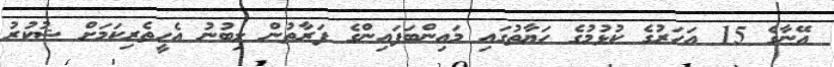
އޭނާގެ 15 އަހަރުގެ ކުޅުމުގެ ހަޔާތުގައި މައިންބަފައިންގެ ފަރާތުން ލިބުނު އެހީތެރިކަމަށް ޝުކުރު